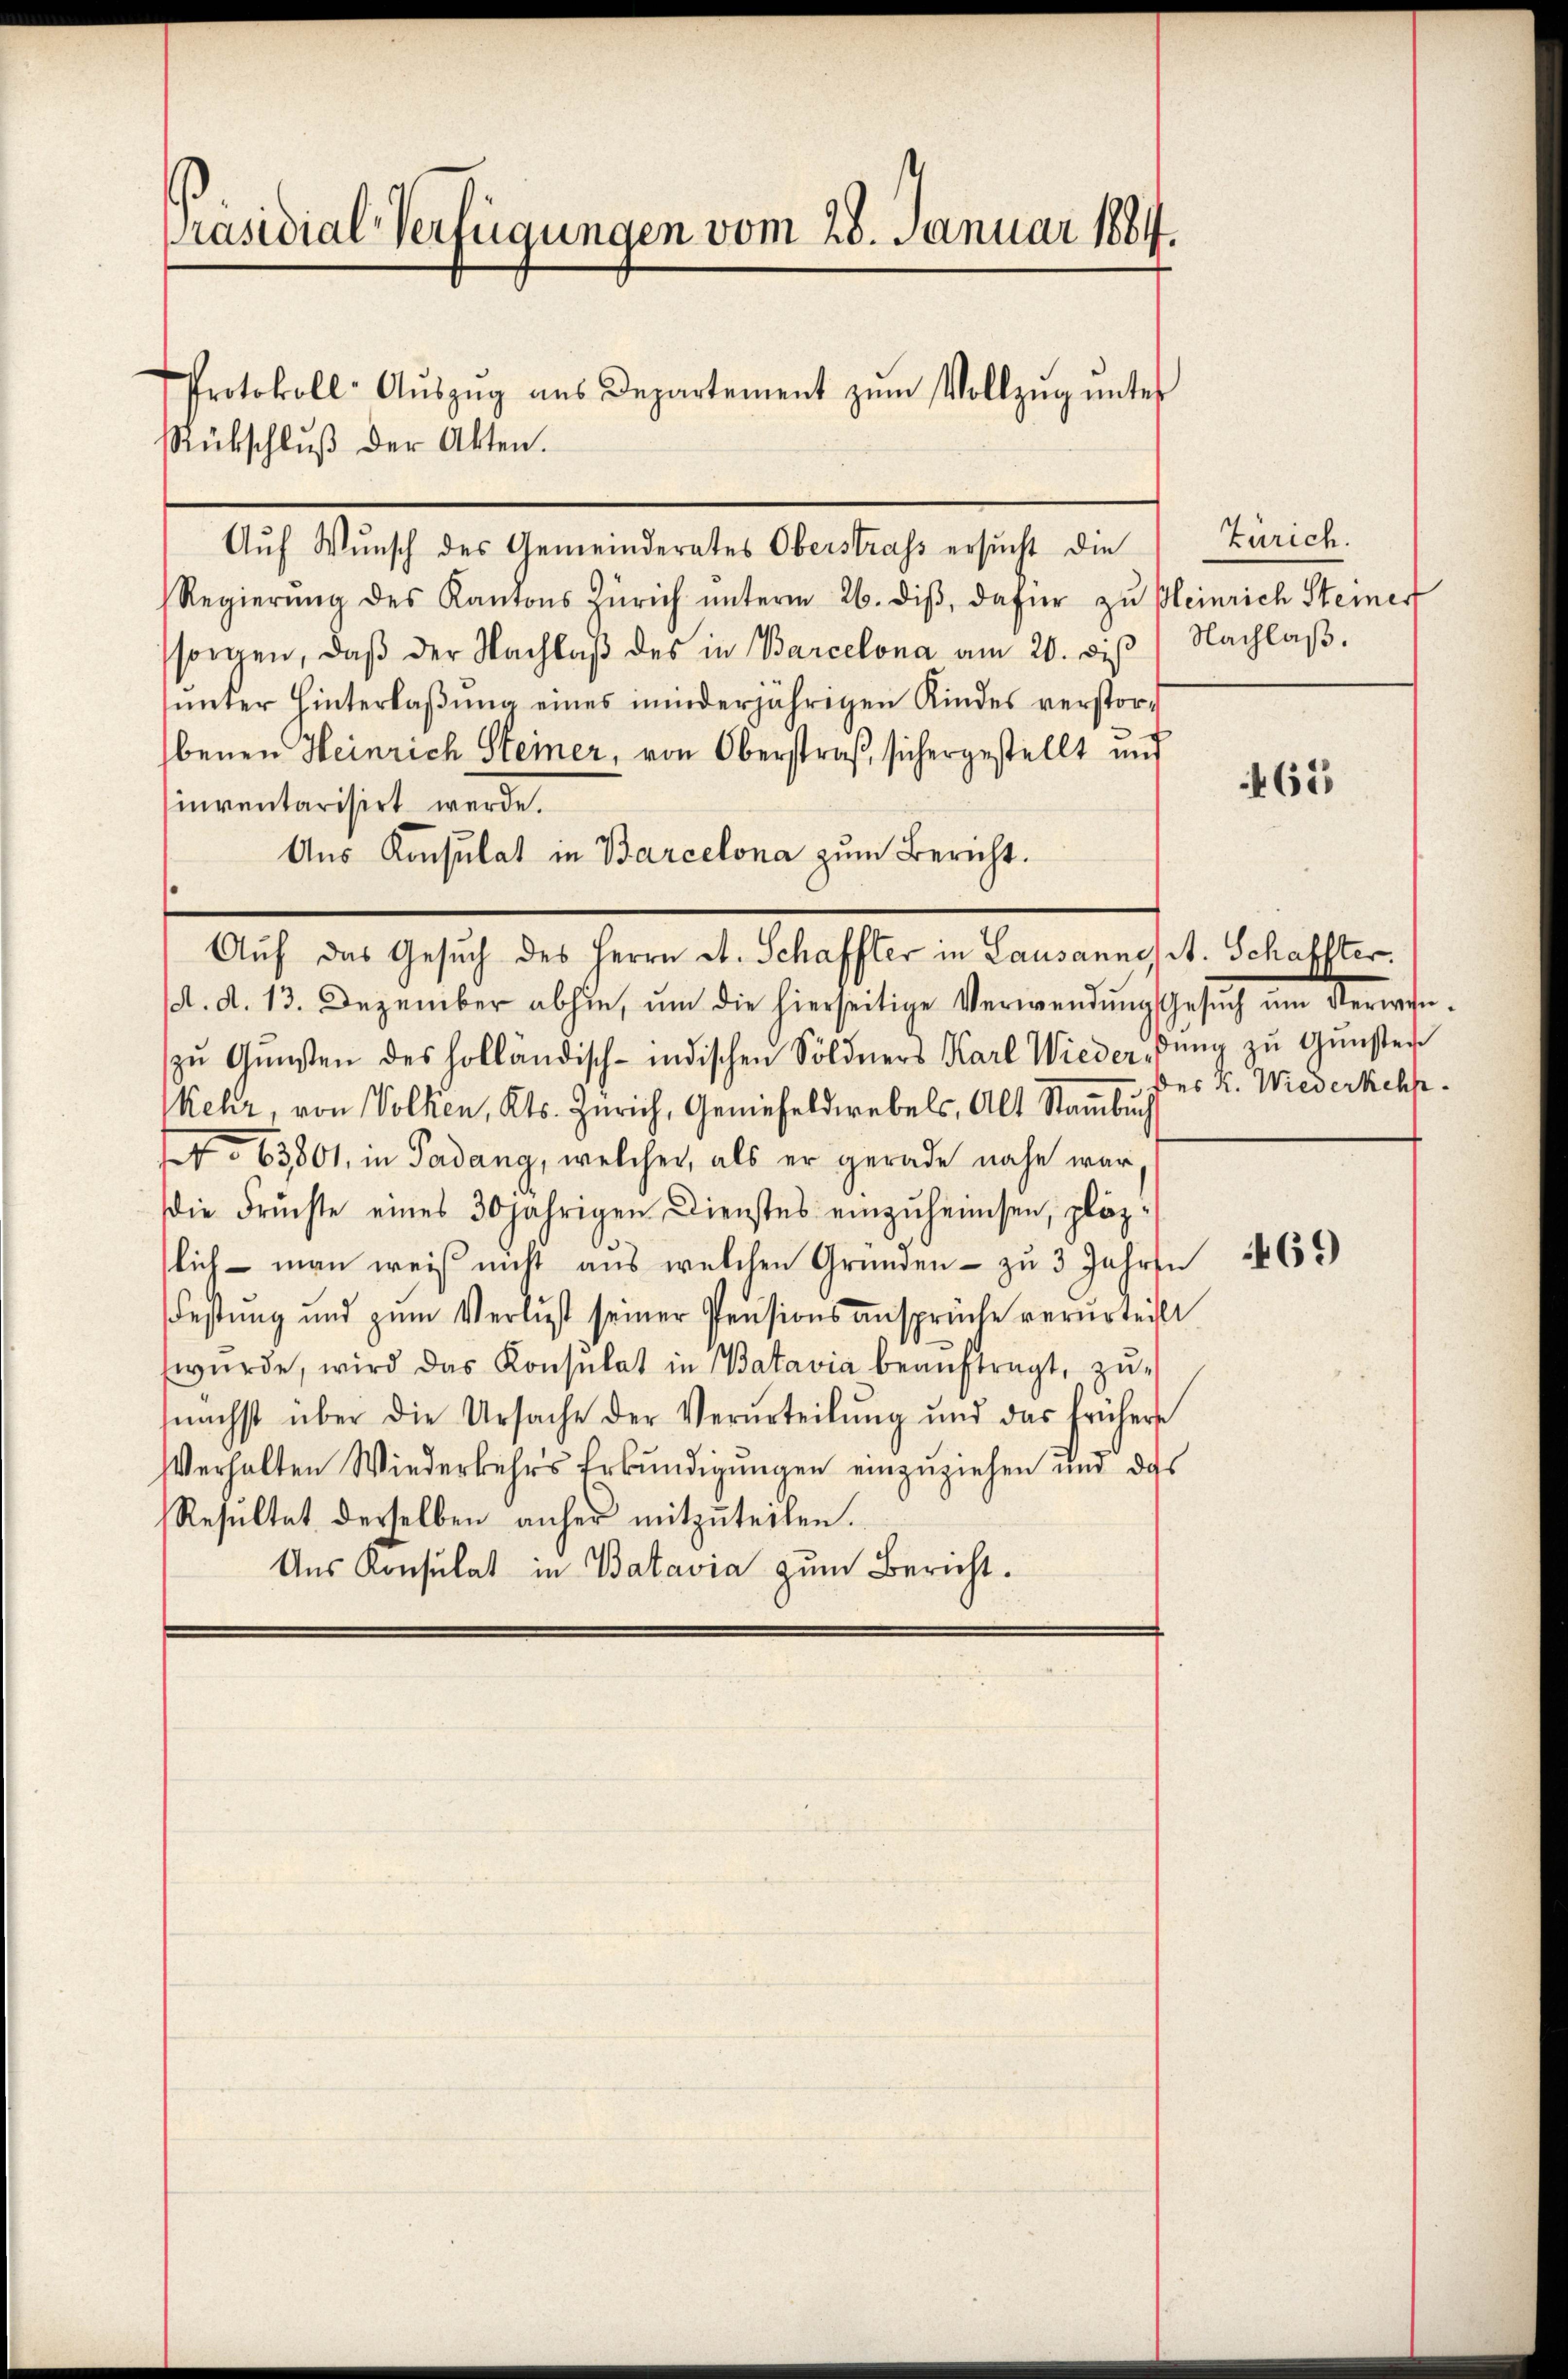
Präsidial-Verfügungen vom 28. Januar 1884.

Auf Wunsch des Gemeinderates Oberstrass ersucht die
Regierŭng des Kantons Zürich ŭnterm 26. diβ, dafür zŭ pleinrich Steiner
sorgen, daβ der Nachlaβ des in Barcelona am 20. diß) Nachlaßŭnter Hinterlaβŭng eines minderjährigen Kindes verstorbenen Heinrich Steiner, von Oberstraß, sichergestellt und
sinventarisirt werde.
Aus Konsulat in Barcelona zum Bericht.
A. d. 13. Dezember abhin, um die hierseitige Verwendung Gesuch um Verwenzŭ Gŭnsten des Holländisch-indischen Söldners Karl Wieder, dŭng zŭ Gŭnster
Mehr, von Volken, Kts. Zürich, Geniefeldwebels, Alt Stammbuch
 o 63801, in Padang, welcher, als er gerade nahe war
die Früchte eines 30 jährigen Dienstes einzŭheimsen, plözslich - man weiß nicht aus welchen Gründen - zu 3 Jahren
Festung und zum Verlust seiner Pensionsansprüche verurteilt
wŭrde, wird das Konsulat in Batavia beaŭftragt, zu-
nächst über die Ursache der Verurteilŭng und das frühere
Verhalten Wiederkehrs Erkundigungen einzuziehen und das
Resŭltat derselben anher mitzŭteilen.
Ans Konsulat in Batavia zum Bericht.

Rückschlŭβ der Akten.

Protokoll-Aŭszŭg aŭs Departement zŭm Vollzŭg ŭnter

Auf das Gesuch des Herrn D. Schaffter in Lausannes A. Schaffter.

Zürich.

65

des K. Wiederkehr.

69